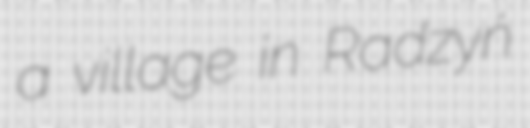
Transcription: a village in Radzyń